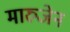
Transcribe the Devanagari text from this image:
मारुजेन